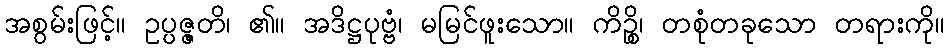
အစွမ်းဖြင့်။ ဥပ္ပဇ္ဇတိ၊ ၏။ အဒိဋ္ဌပုဗ္ဗံ၊ မမြင်ဖူးသော။ ကိဉ္စိ၊ တစုံတခုသော တရားကို။